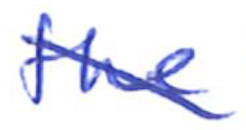
Text: the
Cross-out: diagonal
Writing tool: ballpoint